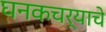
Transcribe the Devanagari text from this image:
घनकचर्‍याचे